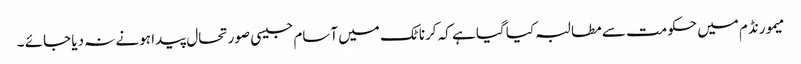
میمورنڈم میں حکومت سے مطالبہ کیا گیا ہے کہ کرناٹک میں آسام جیسی صورتحال پیدا ہونے نہ دیا جائے ۔